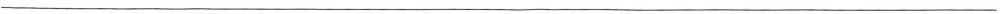
___